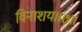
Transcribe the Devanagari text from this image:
विनाशय॥७॥